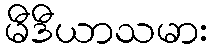
မီဒီယာသမား